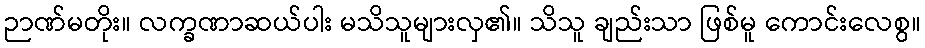
ဉာဏ်မတိုး။ လက္ခဏာဆယ်ပါး မသိသူများလှ၏။ သိသူ ချည်းသာ ဖြစ်မူ ကောင်းလေစွ။